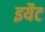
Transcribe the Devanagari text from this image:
इयैट